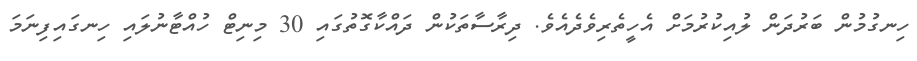
ހިނގުމުން ބަރުދަން ލުއިކުރުމަށް އެހީތެރިވެދެއެވެ. ދިރާސާތަކުން ދައްކާގޮތުގައި 30 މިނިޓް ހުއްޓާނުލައި ހިނގައިފިނަމަ